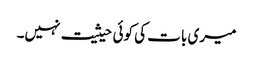
میری بات کی کوئی حیثیت نہیں۔